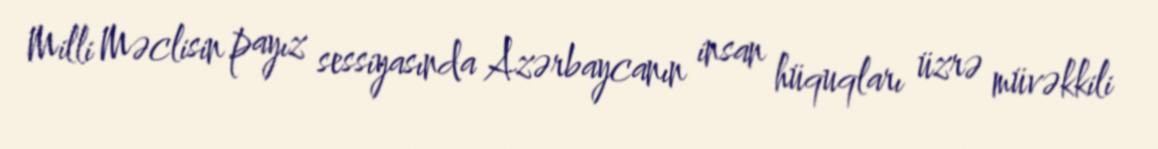
Milli Məclisin payız sessiyasında Azərbaycanın insan hüquqları üzrə müvəkkili